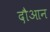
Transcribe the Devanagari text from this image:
दौआन